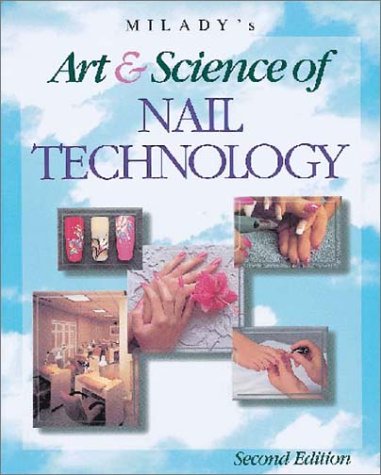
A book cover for Milady's Art and Science of Nail Technology, 2nd Edition; Health, Fitness & Dieting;